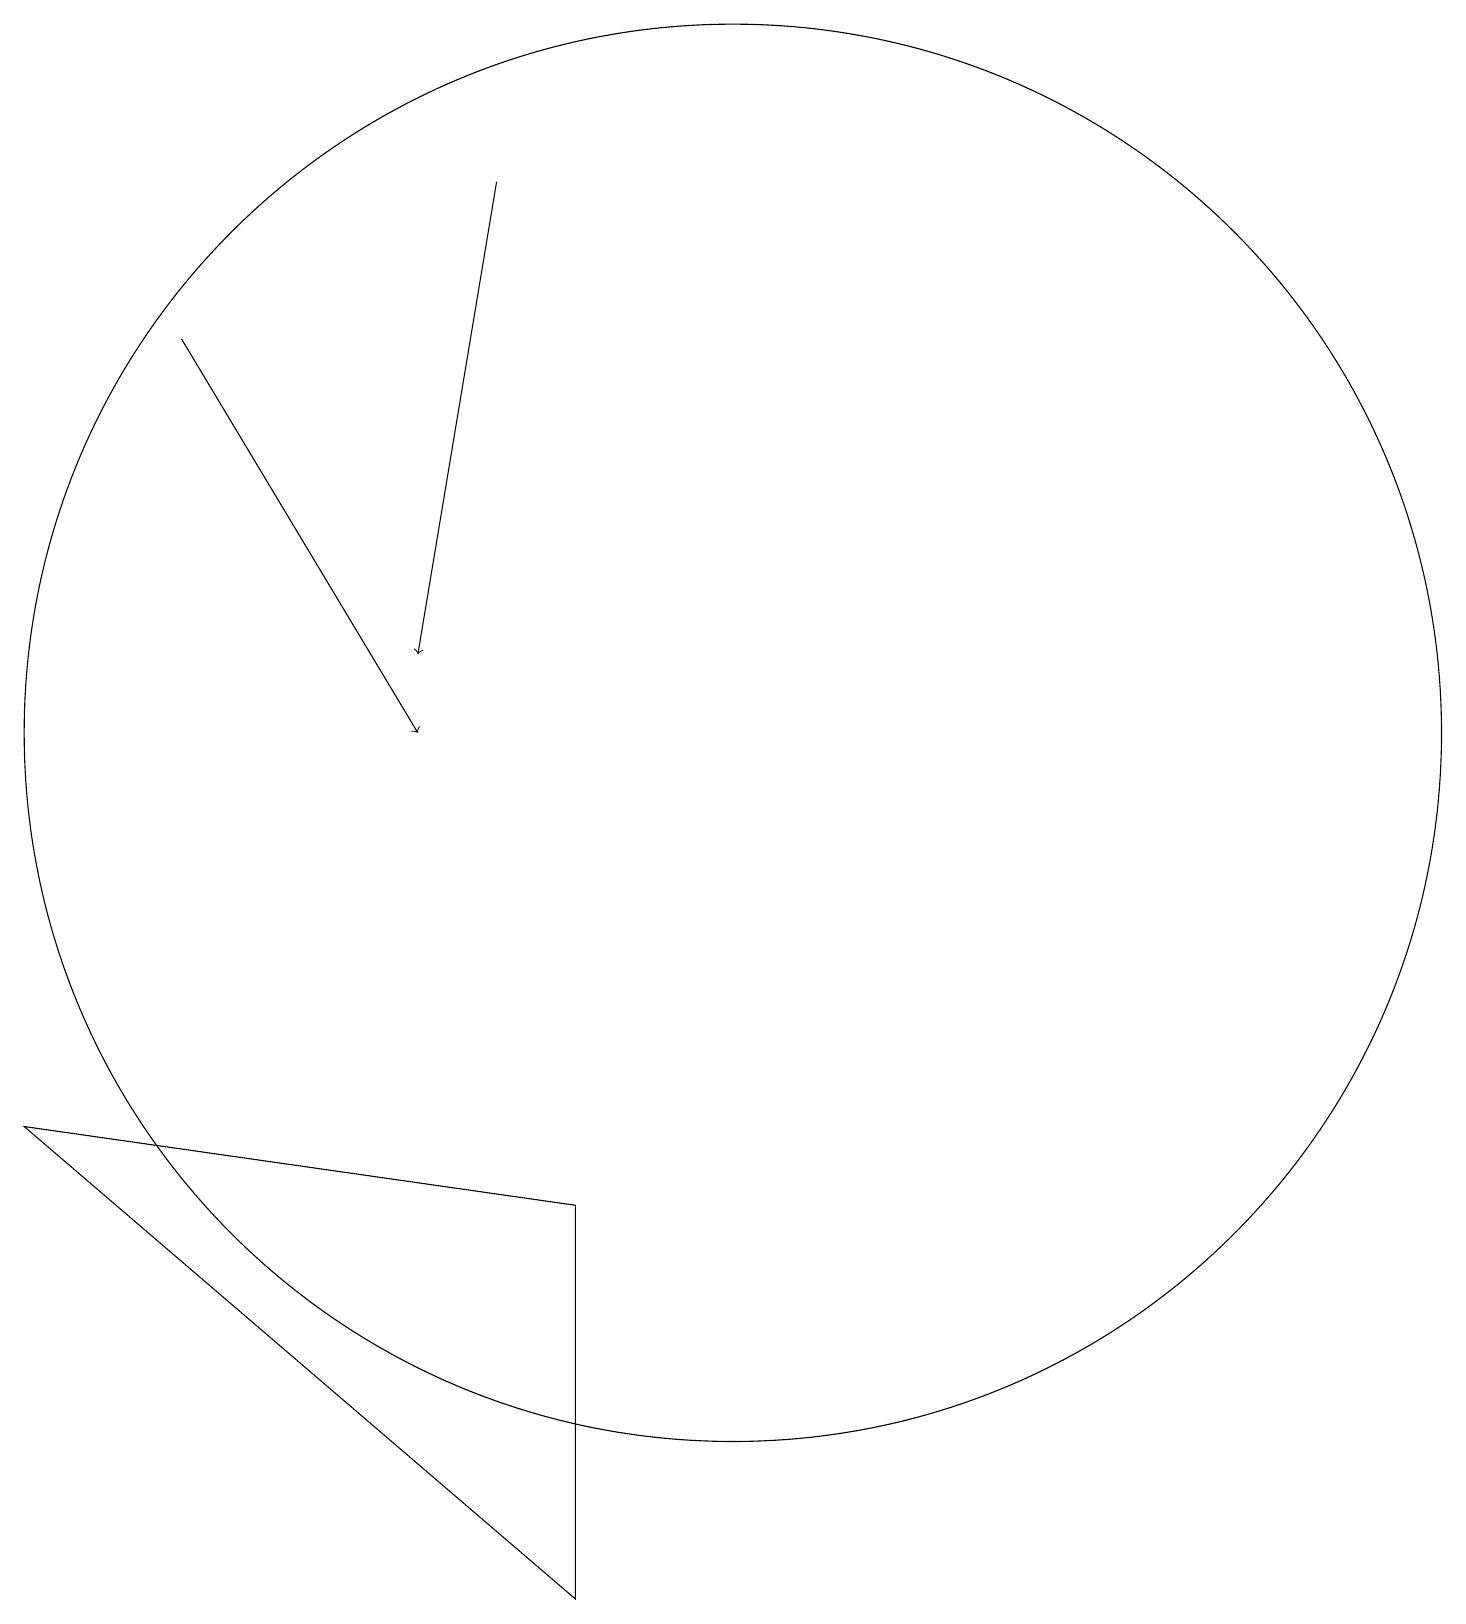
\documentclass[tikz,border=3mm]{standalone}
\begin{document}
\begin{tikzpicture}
\draw[->] (7,19) -- (6,13);
\draw[->] (3,17) -- (6,12);
\draw (8,6) -- (8,1) -- (1,7) -- cycle;
\draw (10,12) circle (9);
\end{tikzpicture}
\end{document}